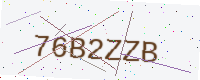
Text: 76B2ZZB